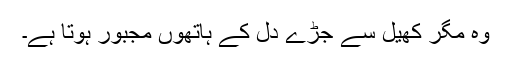
وہ مگر کھیل سے جڑے دل کے ہاتھوں مجبور ہوتا ہے۔